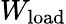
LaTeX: W_{\mathrm{load}}